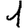
Digit: 1